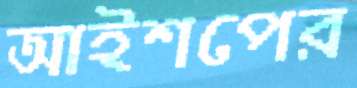
আইশপের